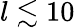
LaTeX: l\lesssim 10